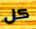
كل